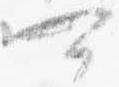
可